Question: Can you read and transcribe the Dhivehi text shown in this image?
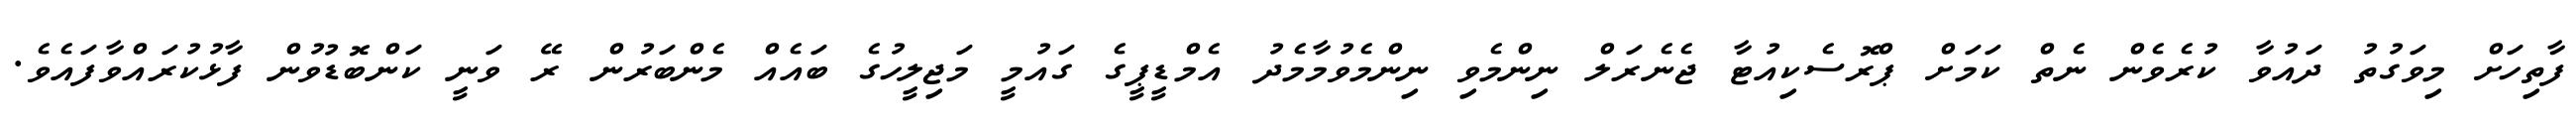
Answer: ފާތިހަށް މިވަގުތު ދައުވާ ކުރެވެން ނެތް ކަމަށް ޕްރޮސެކިއުޓާ ޖެނެރަލް ނިންމެވި ނިންމެވުމާމެދު އެމްޑީޕީގެ ގައުމީ މަޖިލީހުގެ ބައެއް މެންބަރުން ރޭ ވަނީ ކަންބޮޑުވުން ފާޅުކުރައްވާފައެވެ.